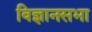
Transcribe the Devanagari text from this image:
विज्ञानसभा